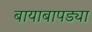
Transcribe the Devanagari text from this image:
बायाबापड्या